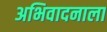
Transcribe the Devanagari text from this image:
अभिवादनाला